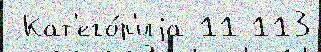
 Кат'его́р'иjа 11 113